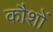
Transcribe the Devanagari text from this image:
कौशों